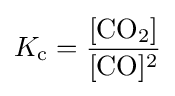
K_{\mathrm {c} }={\frac {\mathrm {[CO_{2}]} }{\mathrm {[CO]^{2}} }}